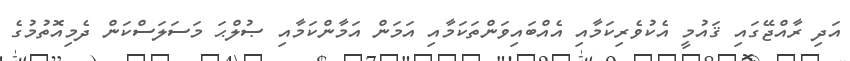
އަދި ރާއްޖޭގައި ޤައުމީ އެކުވެރިކަމާއި އެއްބައިވަންތަކަމާއި އަމަން އަމާންކަމާއި ޞުލްޙަ މަސަލަސްކަން ދެމިއޮތުމުގެ